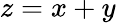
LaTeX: z=x+y